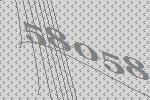
58058